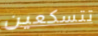
تتسكعين